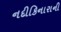
નદીકિનારાની